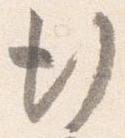
行